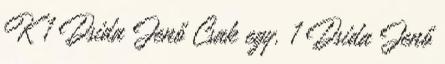
K 1 Dsida Jenő Csak egy. 1 Dsida Jenő